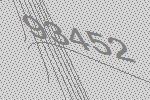
93452